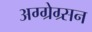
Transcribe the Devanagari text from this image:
अग्ग्रेग्र्सन